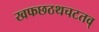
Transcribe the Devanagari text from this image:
खफछठथचटतव्